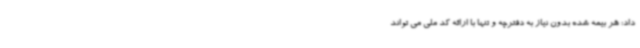
داد: هر بیمه شده بدون نیاز به دفترچه و تنها با ارائه کد ملی می تواند